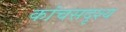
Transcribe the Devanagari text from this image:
कांचसदृश्य